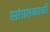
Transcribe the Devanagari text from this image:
सांप्रतकाळी